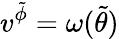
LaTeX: v^{\tilde{\phi}}=\omega(\tilde{\theta})